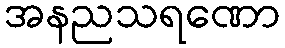
အနညသရဏော